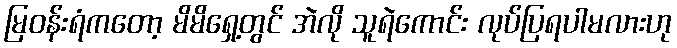
မြဝန်းရံကတော့ မိမိရှေ့တွင် အဲလို သူရဲကောင်း လုပ်ပြရပါမလားဟု